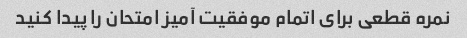
نمره قطعی برای اتمام موفقیت آمیز امتحان را پیدا کنید